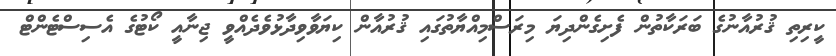
ކީރިތި ޤުރުއާނުގެ ބަރަކާތުން ފެށިގެންދިޔަ މިރަސްމިއްޔާތުގައި ޤުރުއާން ކިޔަވާވިދާޅުވެދެއްވީ ޖިނާއީ ކޯޓުގެ އެސިސްޓެންޓް